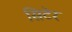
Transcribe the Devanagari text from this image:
सिटेर